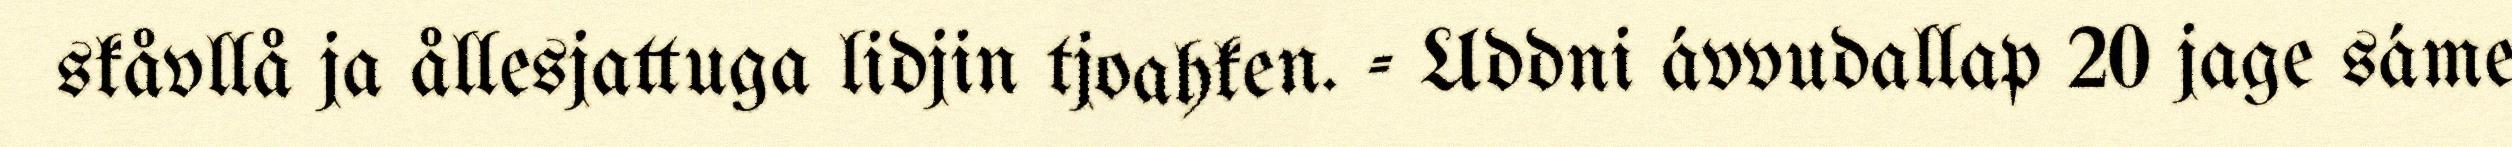
skåvllå ja ållesjattuga lidjin tjoahken. - Uddni ávvudallap 20 jage sáme